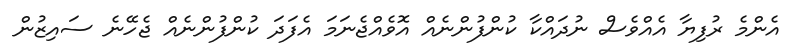
އެންމެ ރުފިޔާ އެއްވެސް ނުދައްކާ ކުންފުންނެއް އޮވެއްޖެނަމަ އެފަދަ ކުންފުންނެއް ޖެހޭނެ ސައިޒުން